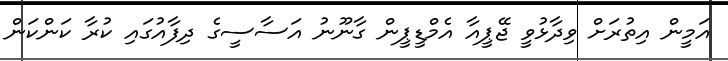
އަމީން އިތުރަށް ވިދާޅުވީ ޖޭޕީއާ އެމްޑީޕީން ގާނޫނު އަސާސީގެ ދިފާއުގައި ކުރާ ކަންކަން